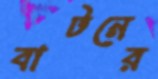
বাটনের